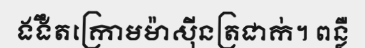
ងងឹតក្រោមម៉ាស៊ីនត្រជាក់។ ពន្លឺ